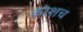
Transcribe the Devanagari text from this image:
कोशच